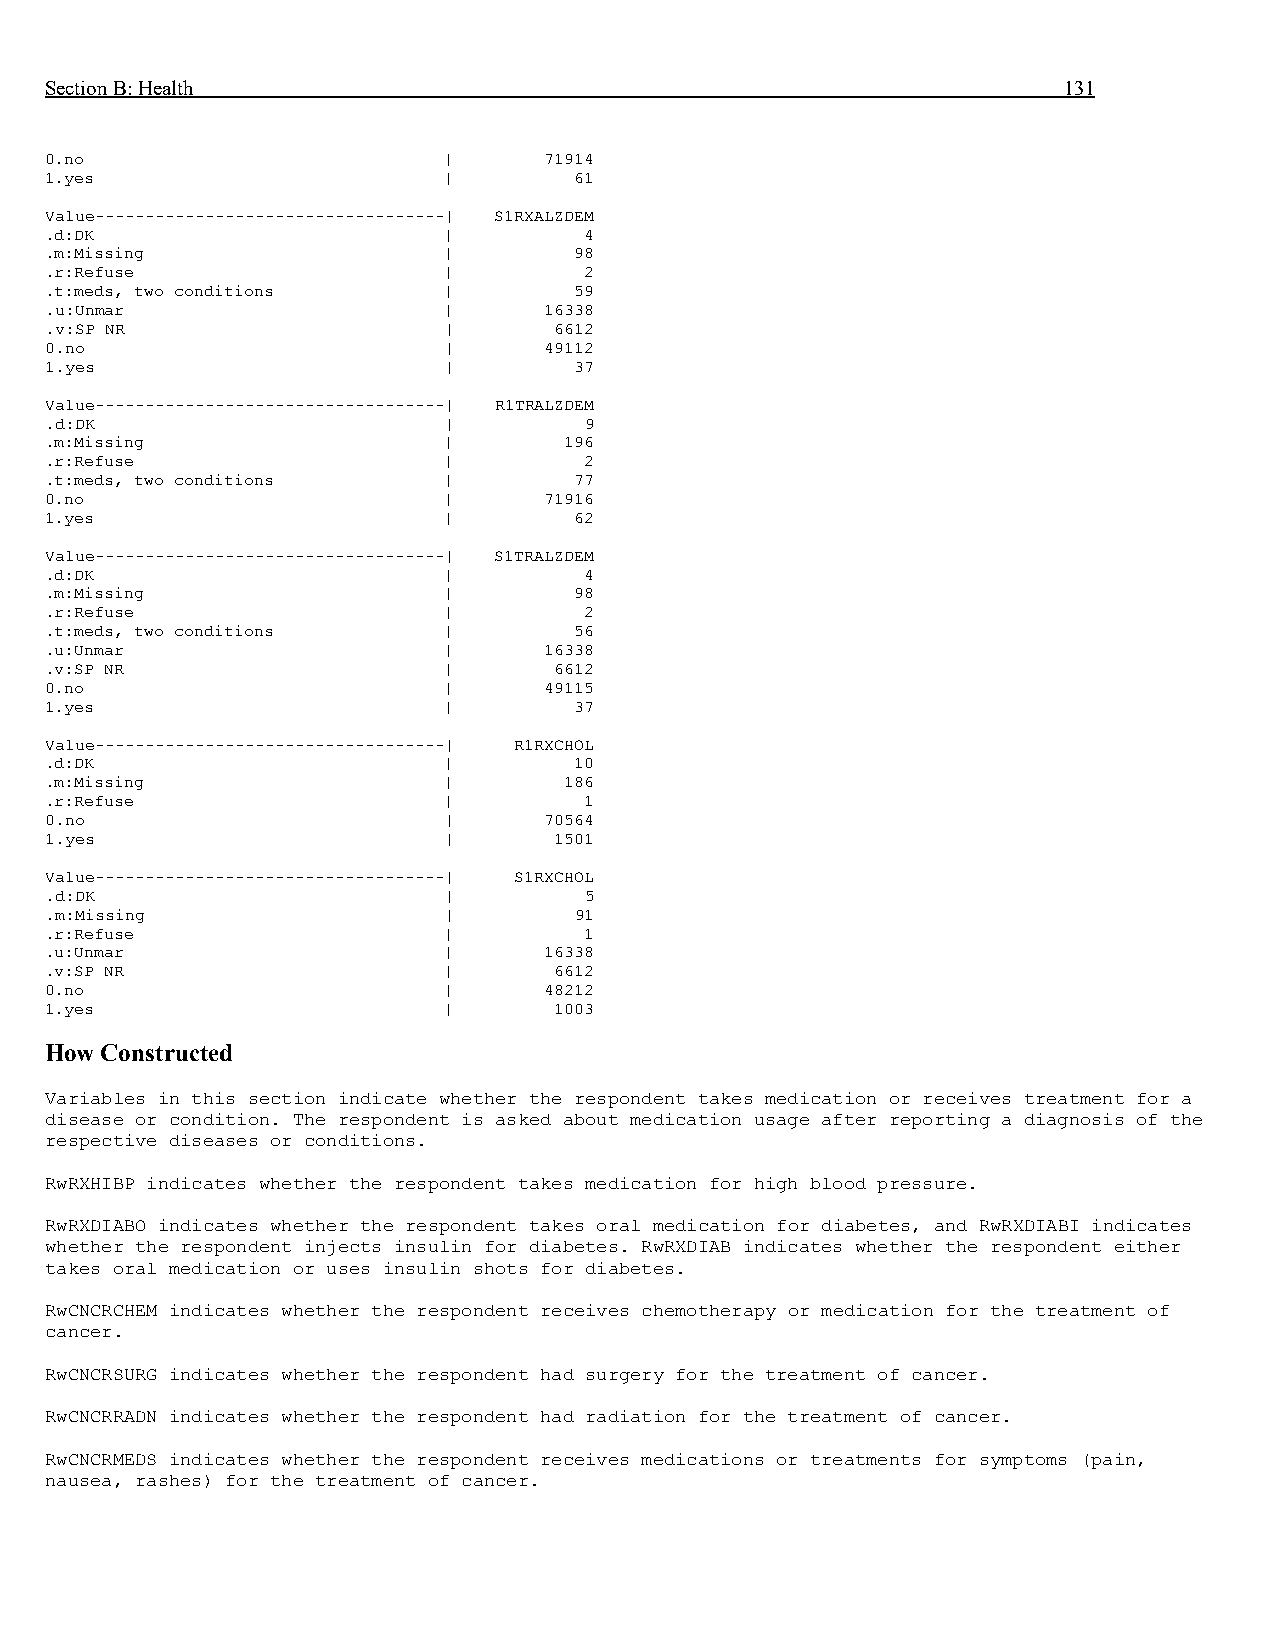
Section B: Health                                                  131
 0.no                      |      71914
 1.yes                     |        61
 Value-----------------------------------| S1RXALZDEM
 .d:DK                     |         4
 .m:Missing                |        98
 .r:Refuse                 |         2
 .t:meds, two conditions   |        59
 .u:Unmar                  |      16338
 .v:SP NR                  |       6612
 0.no                      |      49112
 1.yes                     |        37
 Value-----------------------------------| R1TRALZDEM
 .d:DK                     |         9
 .m:Missing                |       196
 .r:Refuse                 |         2
 .t:meds, two conditions   |        77
 0.no                      |      71916
 1.yes                     |        62
 Value-----------------------------------| S1TRALZDEM
 .d:DK                     |         4
 .m:Missing                |        98
 .r:Refuse                 |         2
 .t:meds, two conditions   |        56
 .u:Unmar                  |      16338
 .v:SP NR                  |       6612
 0.no                      |      49115
 1.yes                     |        37
 Value-----------------------------------| R1RXCHOL
 .d:DK                     |        10
 .m:Missing                |       186
 .r:Refuse                 |         1
 0.no                      |      70564
 1.yes                     |       1501
 Value-----------------------------------| S1RXCHOL
 .d:DK                     |         5
 .m:Missing                |        91
 .r:Refuse                 |         1
 .u:Unmar                  |      16338
 .v:SP NR                  |       6612
 0.no                      |      48212
 1.yes                     |       1003
 How Constructed
 Variables in this section indicate whether the respondent takes medication or receives treatment for a
 disease or condition. The respondent is asked about medication usage after reporting a diagnosis of the
 respective diseases or conditions.
 RwRXHIBP indicates whether the respondent takes medication for high blood pressure.
 RwRXDIABO indicates whether the respondent takes oral medication for diabetes, and RwRXDIABI indicates
 whether the respondent injects insulin for diabetes. RwRXDIAB indicates whether the respondent either
 takes oral medication or uses insulin shots for diabetes.
 RwCNCRCHEM indicates whether the respondent receives chemotherapy or medication for the treatment of
 cancer.
 RwCNCRSURG indicates whether the respondent had surgery for the treatment of cancer.
 RwCNCRRADN indicates whether the respondent had radiation for the treatment of cancer.
 RwCNCRMEDS indicates whether the respondent receives medications or treatments for symptoms (pain,
 nausea, rashes) for the treatment of cancer.